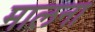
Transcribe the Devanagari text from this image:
मालना